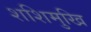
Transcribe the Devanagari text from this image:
शशिमुखि